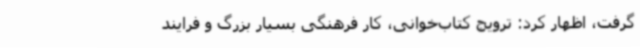
گرفت، اظهار کرد: ترویج کتاب‌خوانی، کار فرهنگی بسیار بزرگ و فرایند